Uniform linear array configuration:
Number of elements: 48
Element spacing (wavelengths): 0.25
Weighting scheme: cosine
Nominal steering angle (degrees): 30
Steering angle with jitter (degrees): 29.984
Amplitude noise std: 0.05
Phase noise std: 0.05

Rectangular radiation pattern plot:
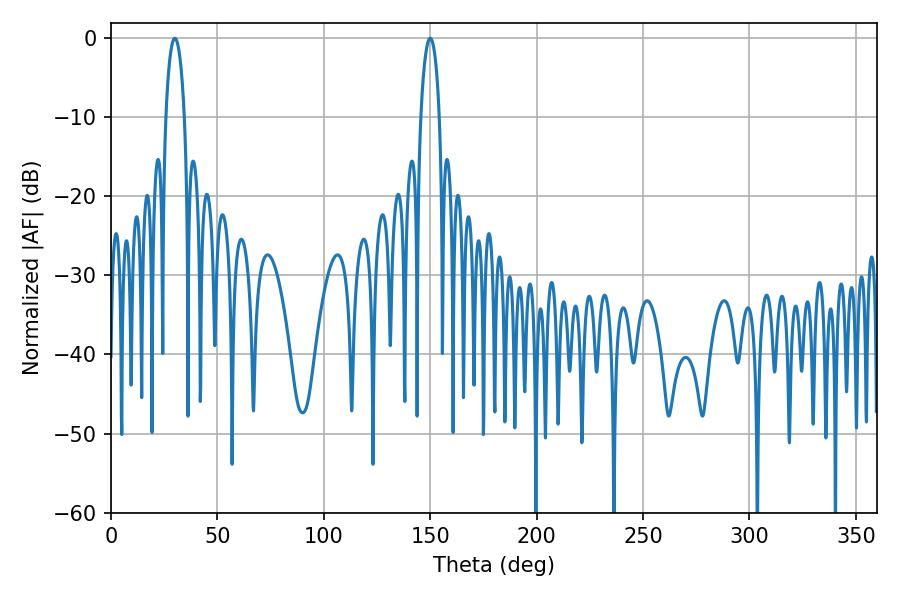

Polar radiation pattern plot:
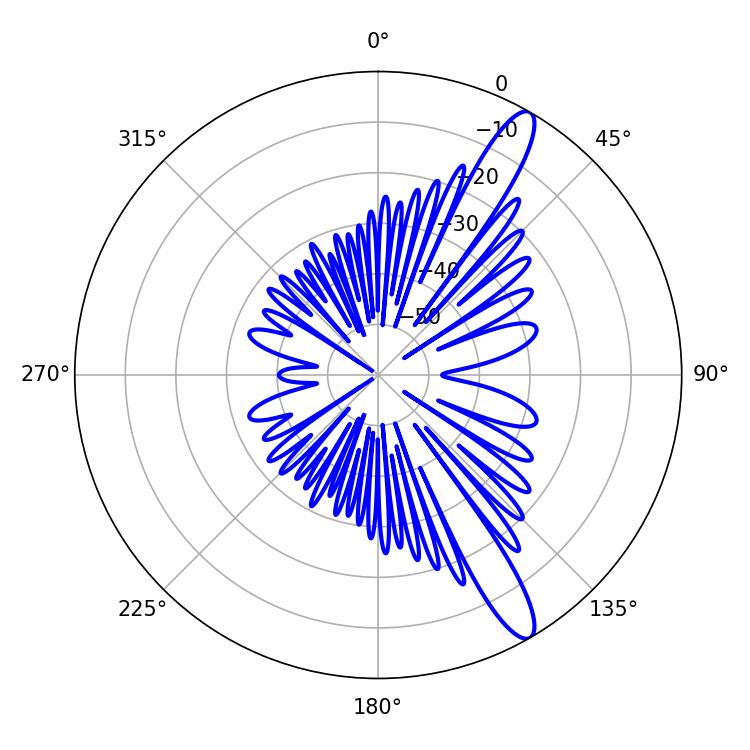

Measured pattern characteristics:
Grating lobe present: FALSE
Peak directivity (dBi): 13.138
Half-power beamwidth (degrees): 5.04
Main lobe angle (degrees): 30.06